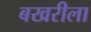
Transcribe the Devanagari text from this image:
बखरीला